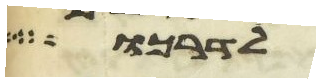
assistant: לדרכו